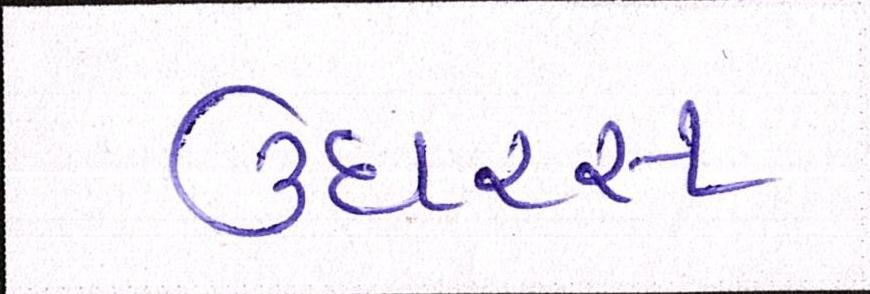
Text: ઉઘરસ